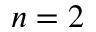
n = 2